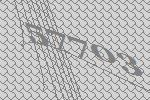
57703